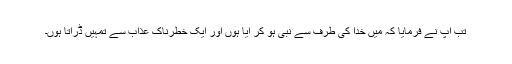
تب آپ نے فرمایا کہ میں خدا کی طرف سے نبی ہو کر آیا ہوں اور ایک خطرناک عذاب سے تمہیں ڈراتا ہوں۔